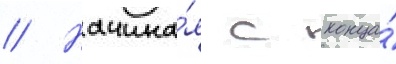
// Начина́я с конца́